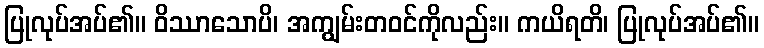
ပြုလုပ်အပ်၏။ ဝိဿာသောပိ၊ အကျွမ်းတဝင်ကိုလည်း။ ကယိရတိ၊ ပြုလုပ်အပ်၏။